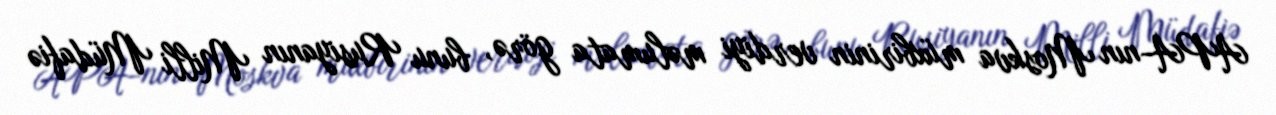
APA-nın Moskva müxbirinin verdiyi məlumata görə, bunu Rusiyanın Milli Müdafiə